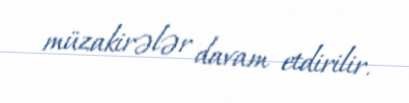
müzakirələr davam etdirilir.